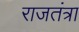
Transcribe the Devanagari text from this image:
राजतंत्रा